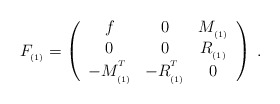
\begin{align*}F_{_{(1)}}=\left(\begin{array}{ccc}f & 0 & M_{_{(1)}} \\0 & 0 & R_{_{(1)}} \\-M_{_{(1)}}^{^T} & -R_{_{(1)}}^{^T} & 0\end{array}\right) \;.\end{align*}